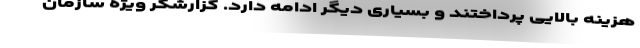
هزینه بالایی پرداختند و بسیاری دیگر ادامه دارد. گزارشگر ویژه سازمان